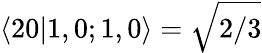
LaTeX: \langle 20|1,0;1,0\rangle=\sqrt{2/3}